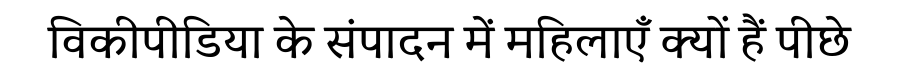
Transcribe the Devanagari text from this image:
विकीपीडिया के संपादन में महिलाएँ क्यों हैं पीछे